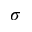
\sigma